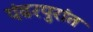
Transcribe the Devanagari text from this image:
पंढरपुरांत